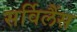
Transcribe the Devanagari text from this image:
सर्विलैंस